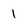
Character: 1